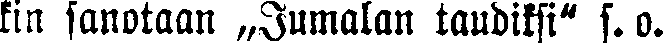
kin sanotaan „Jumalan taudiksi" s. o.